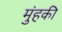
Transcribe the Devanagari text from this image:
मुंहकी